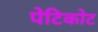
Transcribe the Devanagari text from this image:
पेटिकोट